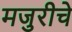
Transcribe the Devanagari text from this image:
मजुरीचे